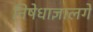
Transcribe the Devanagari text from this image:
निषेधाज्ञालगे